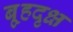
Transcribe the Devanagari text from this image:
बृ्हदृक्ष